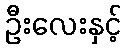
ဦးလေးနှင့်